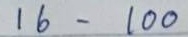
16 - 100